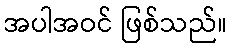
အပါအဝင် ဖြစ်သည်။